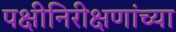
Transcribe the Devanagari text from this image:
पक्षीनिरीक्षणांच्या